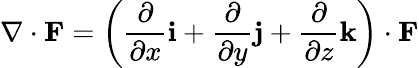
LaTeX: \nabla\cdot{\textbf{F}}=\left({\frac{\partial}{\partial x}}{\textbf{i}}+{\frac{\partial}{\partial y}}{\textbf{j}}+{\frac{\partial}{\partial z}}{\textbf{k}}\right)\cdot{\textbf{F}}